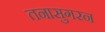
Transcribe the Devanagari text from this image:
तनासुगरन